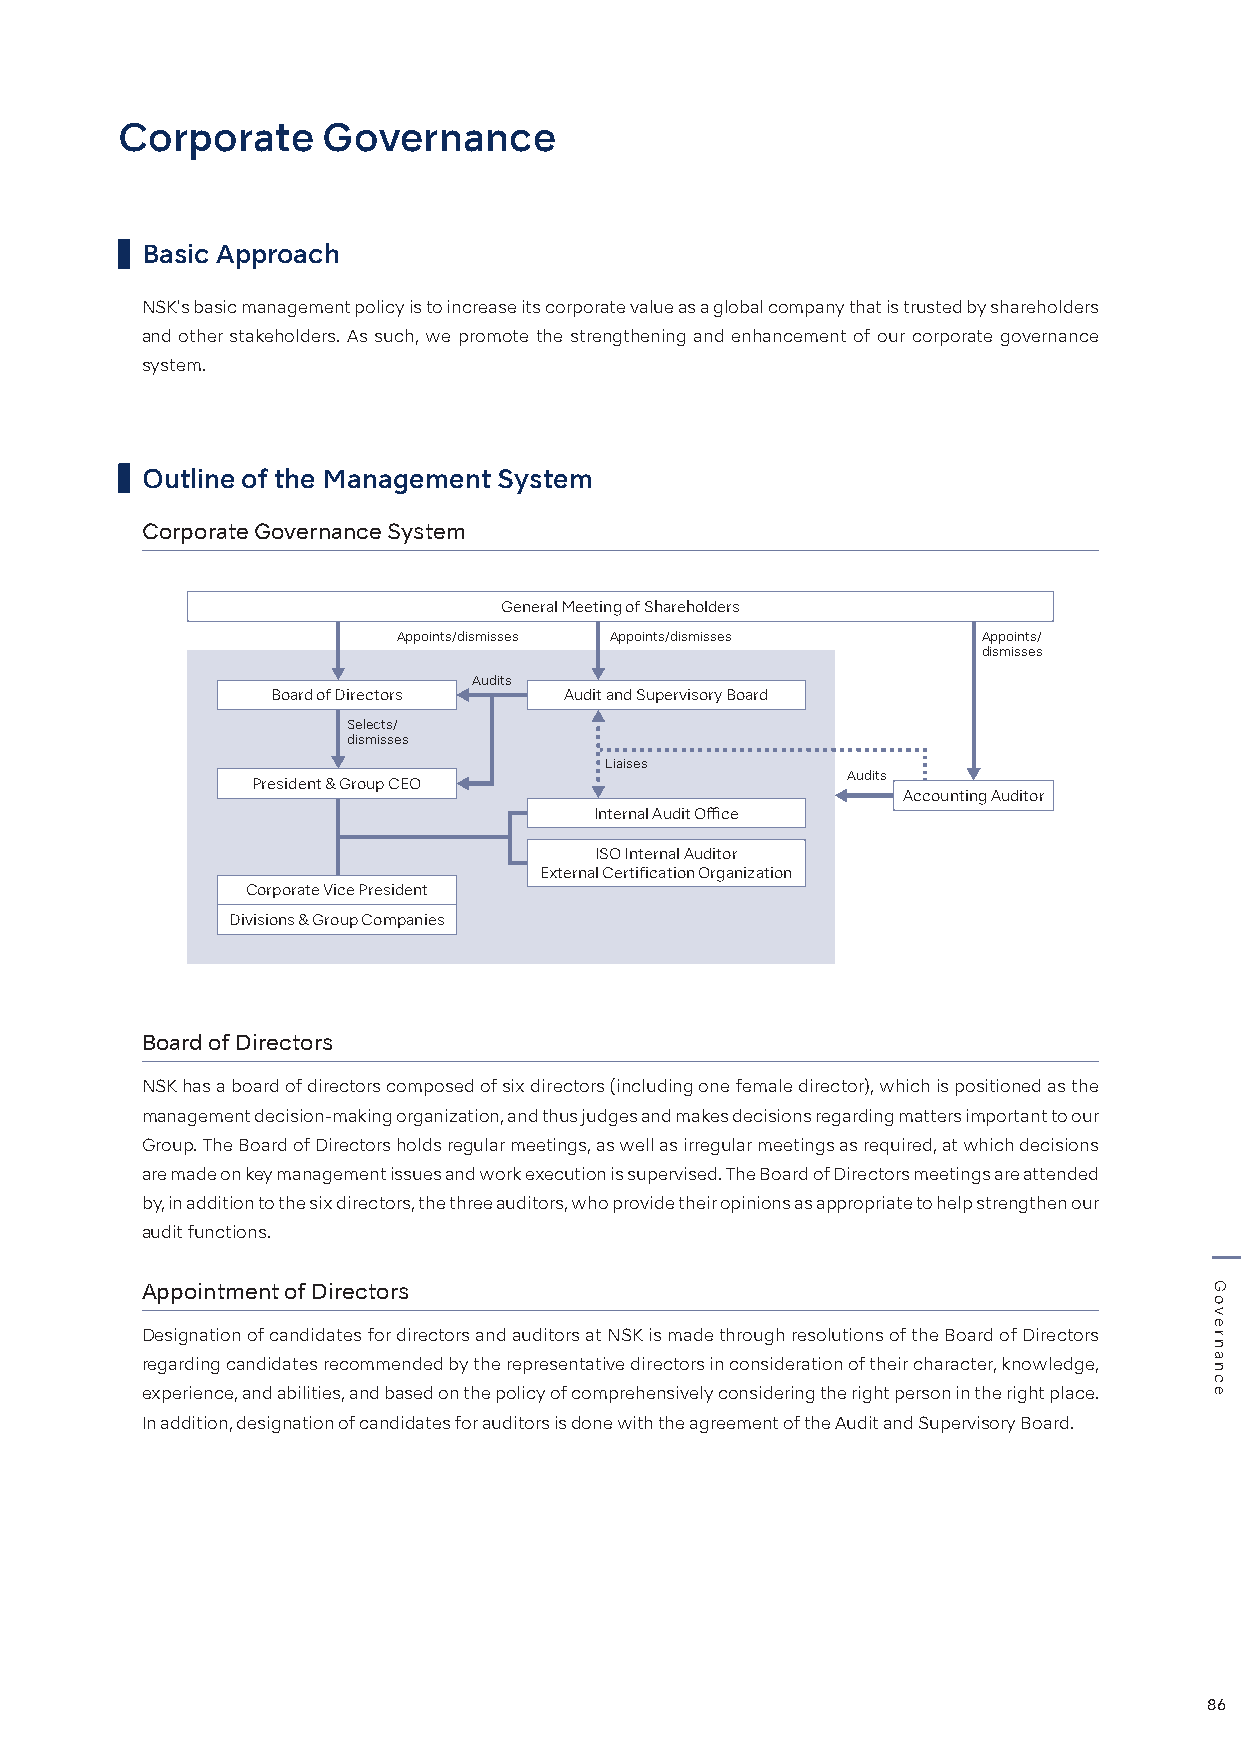
Corporate    Governance
 Basic Approach
 NSK's basic management policy is to increase its corporate value as a global company that is trusted by shareholders
 and other stakeholders. As such, we promote the strengthening and enhancement of our corporate governance
 system.
 Outline of the Management System
 Corporate Governance System
 General Meeting of Shareholders
 Appoints/dismisses Appoints/dismisses  Appoints/
 dismisses
 Audits
 Board of Directors Audit and Supervisory Board
 Selects/
 dismisses
 Liaises
 Audits
 President & Group CEO
 Accounting Auditor
 Internal Audit Office
 ISO Internal Auditor
 External Certification Organization
 Corporate Vice President
 Divisions & Group Companies
 Board of Directors
 NSK has a board of directors composed of six directors (including one female director), which is positioned as the
 management decision-making organization, and thus judges and makes decisions regarding matters important to our
 Group. The Board of Directors holds regular meetings, as well as irregular meetings as required, at which decisions
 are made on key management issues and work execution is supervised. The Board of Directors meetings are attended
 by, in addition to the six directors, the three auditors, who provide their opinions as appropriate to help strengthen our
 audit functions.
 Appointment of Directors
 Designation of candidates for directors and auditors at NSK is made through resolutions of the Board of Directors
 regarding candidates recommended by the representative directors in consideration of their character, knowledge,
 experience, and abilities, and based on the policy of comprehensively considering the right person in the right place.
 In addition, designation of candidates for auditors is done with the agreement of the Audit and Supervisory Board.
 86
 Governance